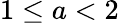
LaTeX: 1\le a<2